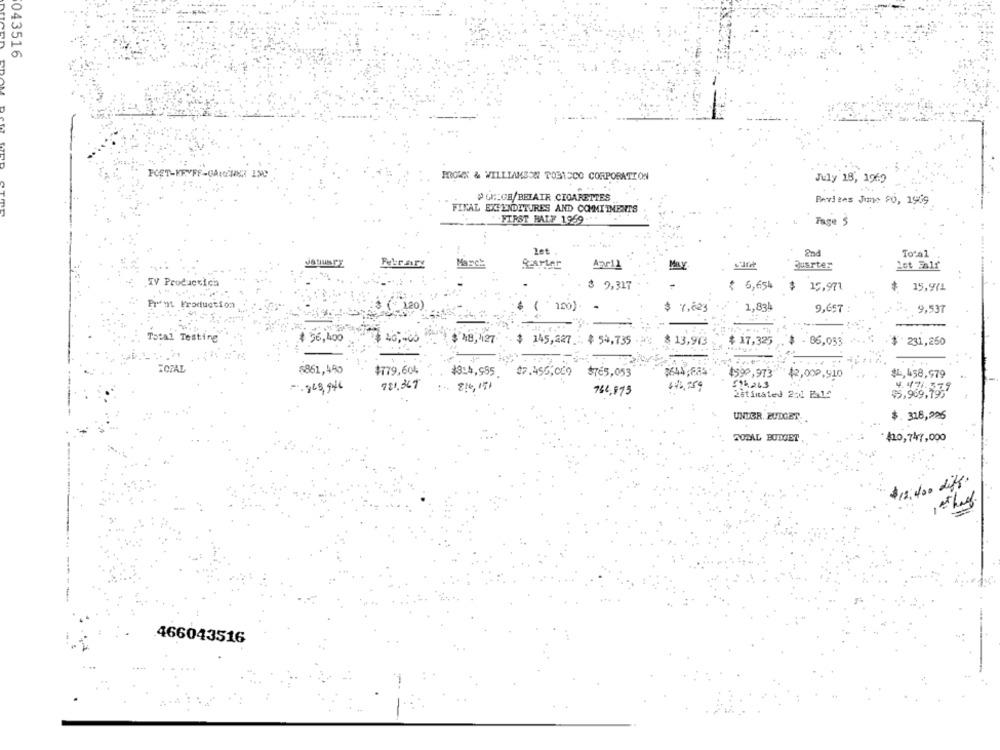
043516
D
FCET-KEYFF-GARTENR 15℃
PROWX & WILLIAMSON TOBACCO CORPORATION
July 13, 1969
#GF-GB/BELAIR CIGARETTES
Reviews June 90, 1959
FINAL EXPENDITURES AND COMMITMENTS
FIRST HALF 1969-
Fage $
2et
2nd
Total
Febrasry
Marc!
Jusrter
IV Productich
$ 9,317
-
₹ 6,654
$ 15,971
15,971
Prent Production
. 120 )
( 120)
7,623
1,834
9,657
9,537
Total Testing
56,400
40,466
$ 48,127
$ 145,227 ... $ 54,735
13,943
$ 17,325
86,053
# 231,250
$861,490
$779,604
#3:4,995.
12.450,000
$765,053
$644;685
4599,973
$2,00₽.910
$1, 458,979
721,367
814, 191
766,875
€14,243
2stinated 201 Pale
95,969.7
UNDER. BUDGET
$. 318,296
TOTAL BUDGET
$20,747,000
$12.400
10th
466043516